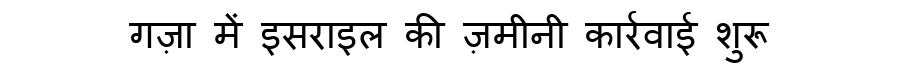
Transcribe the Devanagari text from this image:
गज़ा में इसराइल की ज़मीनी कार्रवाई शुरू